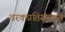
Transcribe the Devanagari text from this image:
चरकप्रतिसंस्कृते